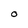
Character: 0